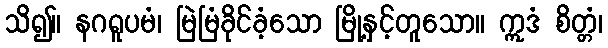
သိ၍။ နဂရူပမံ၊ မြဲမြံခိုင်ခံ့သော မြို့နှင့်တူသော။ ဣဒံ စိတ္တံ၊